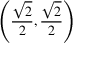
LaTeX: \left( { \frac { \sqrt { 2 } } { 2 } } , { \frac { \sqrt { 2 } } { 2 } } \right)